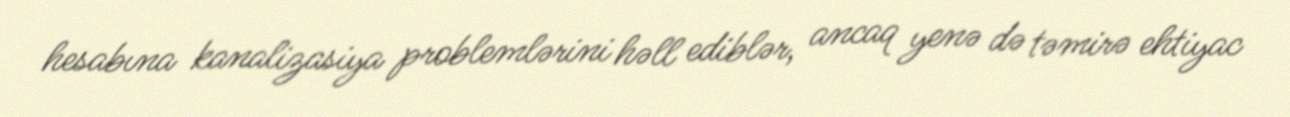
hesabına kanalizasiya problemlərini həll ediblər, ancaq yenə də təmirə ehtiyac